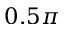
0 . 5 \pi